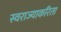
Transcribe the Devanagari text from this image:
स्वराज्याकरिता